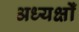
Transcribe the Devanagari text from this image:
अध्यक्षोँ